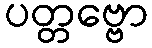
ပတ္တဗ္ဗော